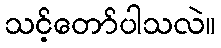
သင့်တော်ပါသလဲ။